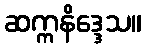
ဆက္ကနိဒ္ဒေသ။